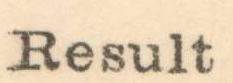
Result